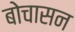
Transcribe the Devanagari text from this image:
बोचासन